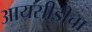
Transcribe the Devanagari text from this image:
आयसीडीचा